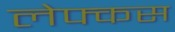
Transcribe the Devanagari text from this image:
लेफ्कस